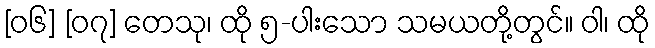
[၀၆] [၀၇] တေသု၊ ထို ၅-ပါးသော သမယတို့တွင်။ ဝါ၊ ထို